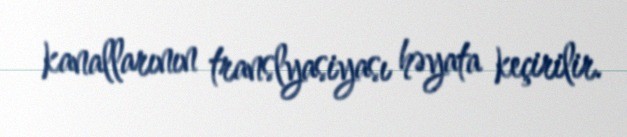
kanallarının translyasiyası həyata keçirilir.